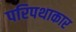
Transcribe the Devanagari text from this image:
परिपथाकार